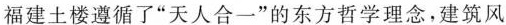
福建土楼遵循了”天人合一”的东方哲学理念，建筑风